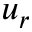
u _ { r }